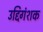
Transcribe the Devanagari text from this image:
उद्दिगंशक